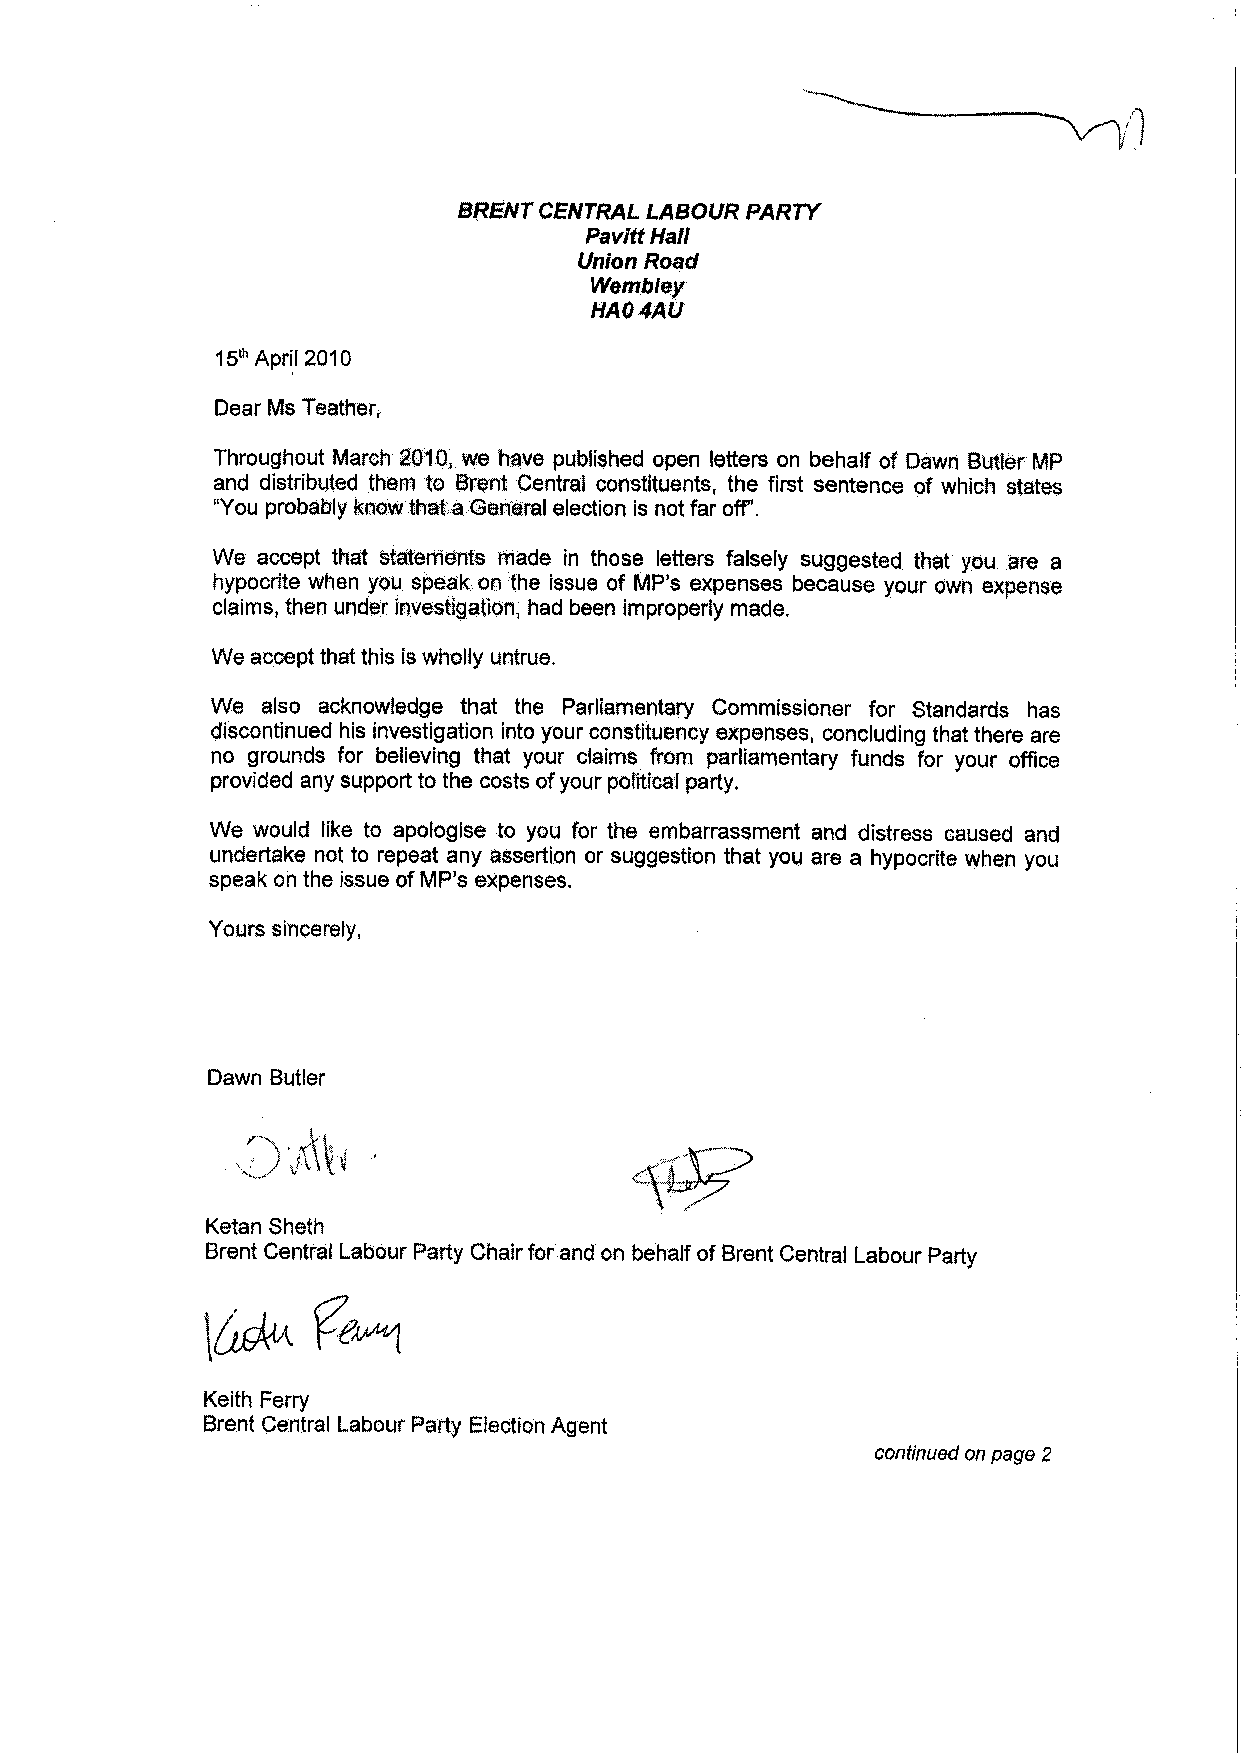
/ì
 BRENT CENTRAL LABOUR PARTY
 Half
 Pavitt
 Union Road
 Wembley
 HA04AU
 15th Apr~i 2010
 Dear Ms Teather;
 open letters on behalf of Dawn Butler MP
 Throughout March 2010, we have published
 an(j distributed them to Brent Central constituents, the first sentence of which states
 "You probably know thata General election is noHar off.
 We accept that statements made in those letters falsely suggested that you are a
 hypocrite when you speak on the issue of MP's expenses because your own expense
 claims, then under investigation, had been improperly made.
 We accept that this is wholly untrue.
 We also acknowledge that the Parliamentary Commissioner for Standards has
 discontinued his investigation into your constituency expenses, concluding that there are
 no grounds for believing that your claims from parliamentary funds for your offce
 support to the costs of your political party.
 provided any
 We would like to apologise to you for the embarrassment and distress caused and
 undertake not to repeat any assertion or suggestion that you are a hypocrite when you
 speak on the issue of MP's expenses.
 Yours sincerely,
 Dawn Butler
 'Jt\t~                 C\~~, .
 ~---
 Ketan Sheth
 Brent Central Labour Party Chair for and on behalf of Brent Central Labour Party
 \~f64
 Keith Ferry
 Brent Central Labour Party Election Agent
 continued on page 2